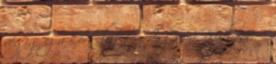
végig ez a kör. Tüttő István: Mi lenne a